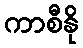
ကာစီနို